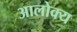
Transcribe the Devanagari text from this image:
आलोक्य